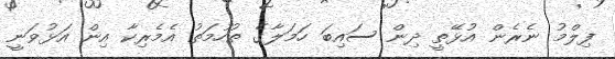
ފިލްމު ނެރެން އުޅޭތީ ދިން ސައިބަ ހަމަލާގެ ތުހުމަތު އެމެރިކާ އިން އަޅުވަނީ